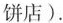
饼店).